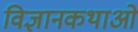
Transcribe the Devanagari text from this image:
विज्ञानकथाओं